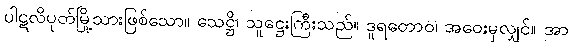
ပါဋလိပုတ်မြို့သားဖြစ်သော။ သေဋ္ဌိ၊ သူဋ္ဌေးကြီးသည်။ ဒူရတောဝ၊ အဝေးမှလျှင်။ အာ